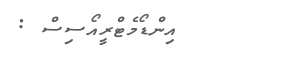
އިންޑޯމެޓްރީއޯސިސް :